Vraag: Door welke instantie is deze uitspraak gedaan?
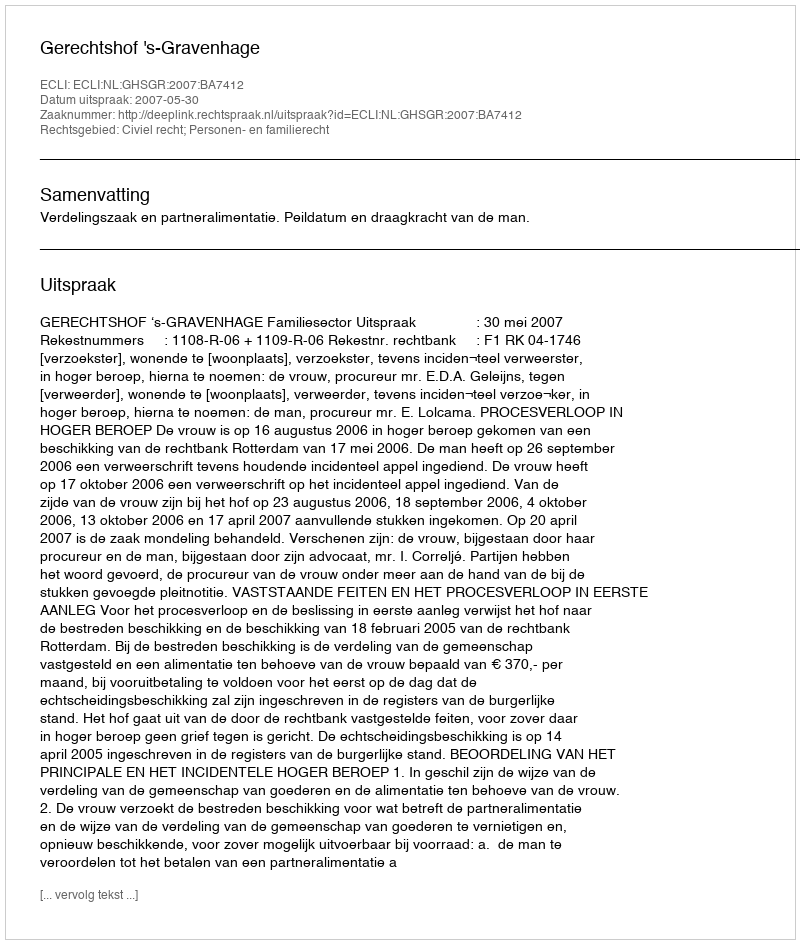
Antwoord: Gerechtshof 's-Gravenhage